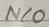
Text: N/O